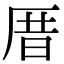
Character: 厝